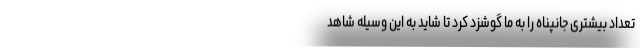
تعداد بیشتری جانپناه را به ما گوشزد کرد تا شاید به این وسیله شاهد